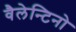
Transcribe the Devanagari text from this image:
वैलेन्टिनो